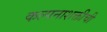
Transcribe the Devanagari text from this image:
कल्पनाशक्तीची